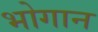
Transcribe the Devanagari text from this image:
भोगान